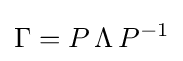
\Gamma =P\,\Lambda \,P^{-1}